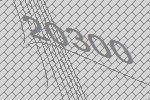
20300